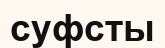
суфсты